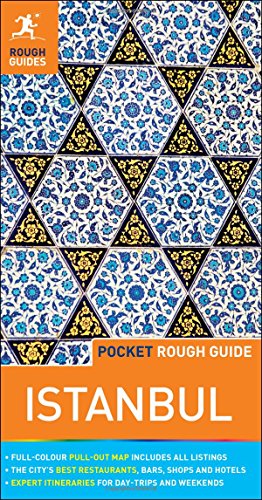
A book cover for Pocket Rough Guide Istanbul (Rough Guide to...); Rough Guides; Travel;